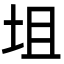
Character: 坥